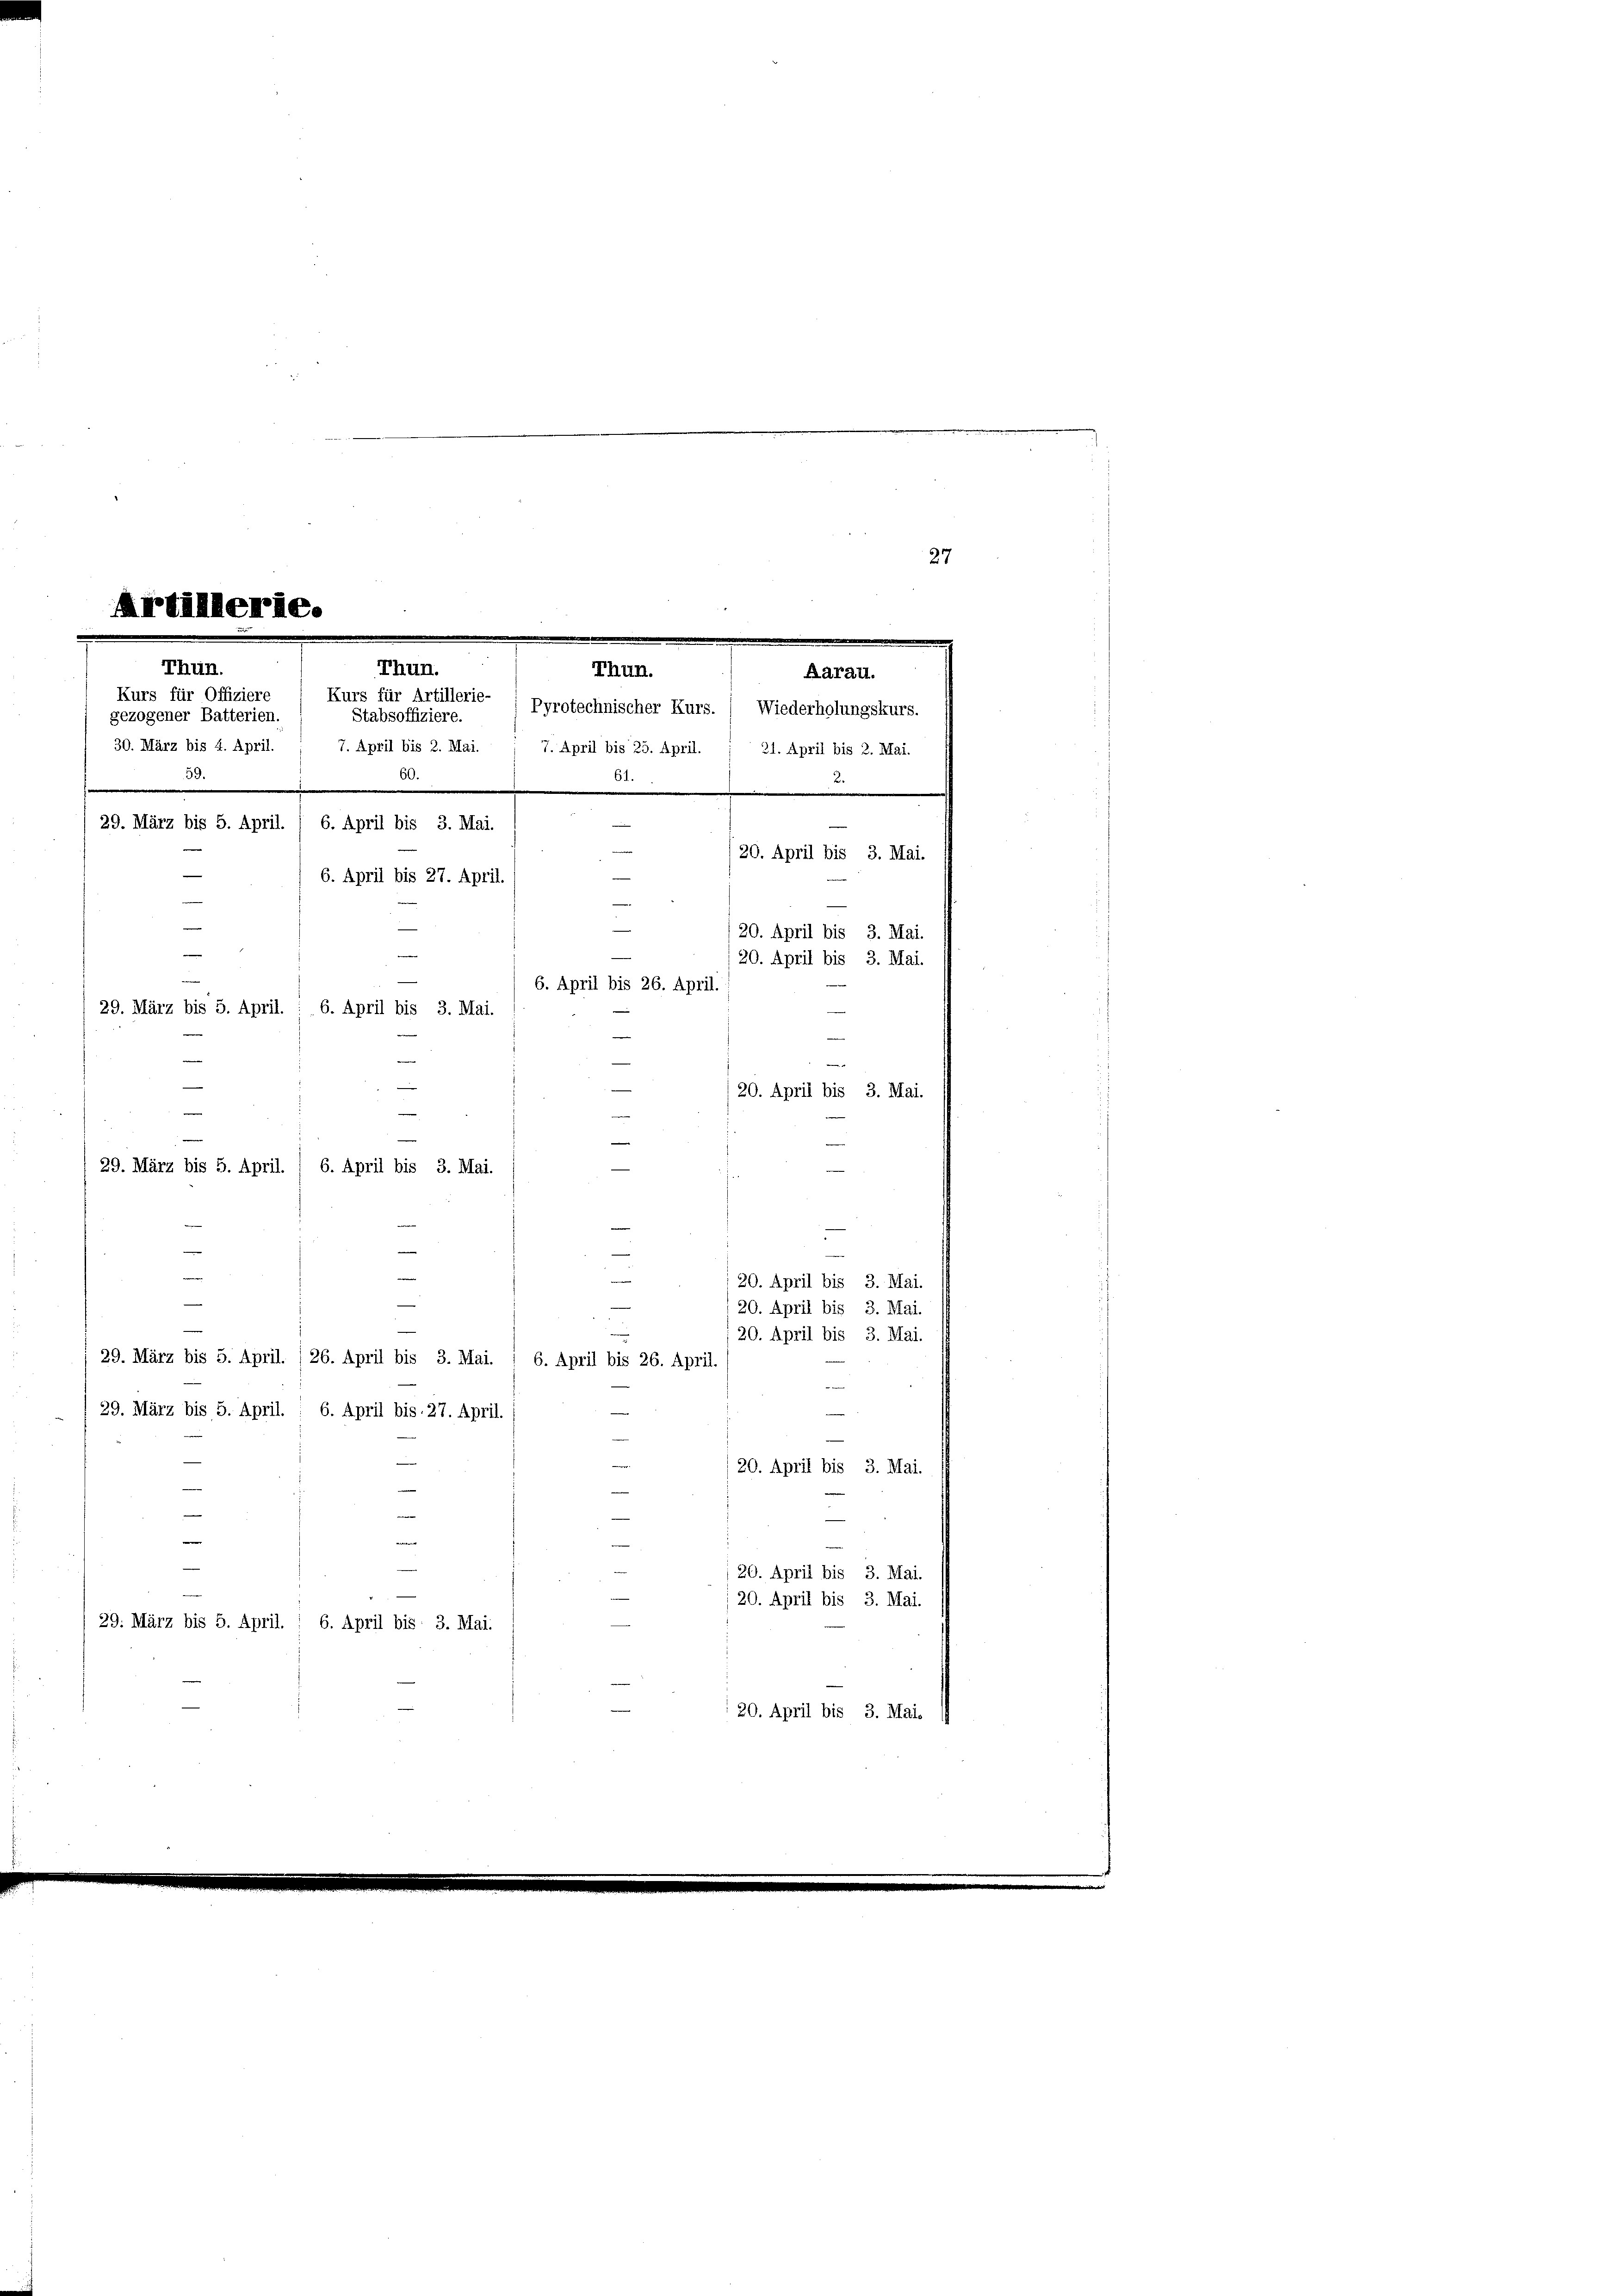
Thun.
Thun.
Thun.
Aarau.
Kurs für Offiziere
Kurs für Artillerie- Pyrotechnischer Kurs.) Wiederholungskurs.
Stabsoffiziere.
gezogener Batterien.

257
e
Artillerie.
e

30. März bis 4. April.
7. April bis 2. Mai.
7. April bis 25. April. ; 31. April bis 2. Mai.
60.
59.
61.
.
.
29. März bis 5. April. / 6. April bis 3. Mai.
20. April bis 3. Mai.
6. April bis 27. April.
20. April bis 3. Mai.
20. April bis 3. Mai.
6. April bis 26. April.
20. April bis 3. Mai.
.
i
20. April bis 3. Mai.
.
20. April bis 3. Mai.
 20. April bis 3. Mai.
29. März bis 5. April. /26. April bis 3. Mai. 1 6. April bis 26. April.
29. März bis 5. April. 1 6. April bis 27. April.
20. April bis 3. Mai.
e
d
20. April bis 3. Mai.
20. April bis 3. Mai.
29. März bis 5. April. 1 6. April bis 3. Mai.
20. April bis 3. Mai. 19

29. März bis 5. April. 1 6. April bis 3. Mai.
—
—
29. März bis 5. April. / 6. April bis 3. Mai.